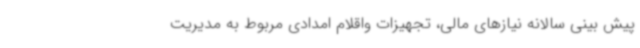
پیش بینی سالانه نیازهای مالی، تجهیزات واقلام امدادی مربوط به مدیریت